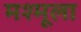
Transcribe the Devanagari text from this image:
मश्मूला